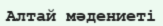
Алтай мәдениеті